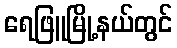
ရေဖြူမြို့နယ်တွင်